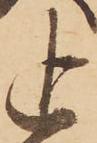
追